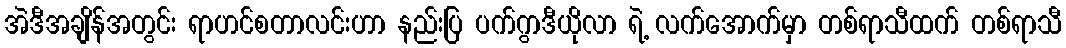
အဲဒီအချိန်အတွင်း ရာဟင်စတာလင်းဟာ နည်းပြ ပက်ဂွာဒီယိုလာ ရဲ့ လက်အောက်မှာ တစ်ရာသီထက် တစ်ရာသီ